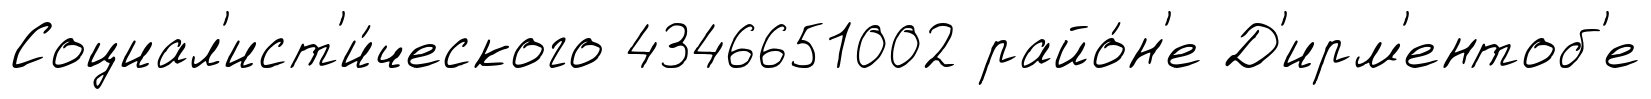
Социал'ист'и́ческого 4346651002 райо́н'е Д'ирм'ентоб'е